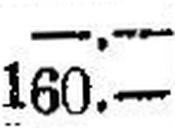
160.—